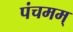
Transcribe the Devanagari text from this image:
पंचमम्